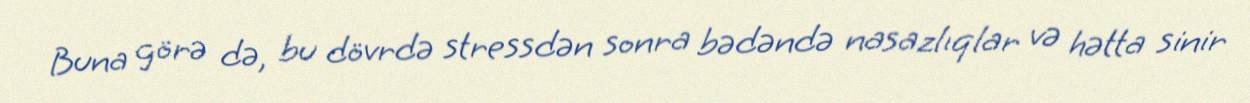
Buna görə də, bu dövrdə stressdən sonra bədəndə nasazlıqlar və hətta sinir